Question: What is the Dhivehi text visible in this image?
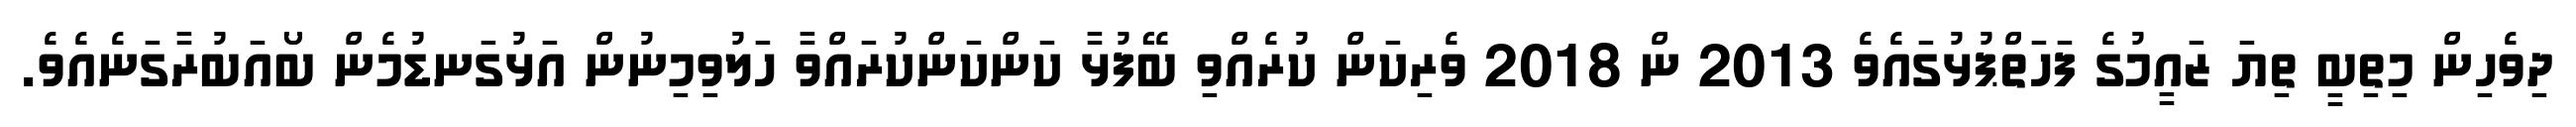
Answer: ދިވެހިން މިތިބީ ތިޔަ ޒައީމުގެ ފަހަތްޕުޅުގައެވެ 2013 ން 2018 ވެރިކަން ކުރެއްވި ބޭފުޅާ ކަންކަންކުރައްވާ ހަލުވިމިނުން އަޅުގަނޑުމެން ބޯއަބުރާގަނެއެވެ.